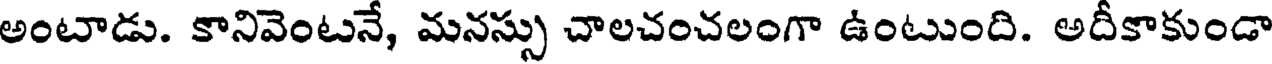
అంటాడు. కానివెంటనే, మనస్సు చాలచంచలంగా ఉంటుంది. అదీకాకుండా